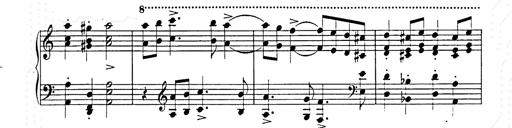
Title: Hungarian Rhapsody No.15
Composer: Franz Liszt
Key: A minor